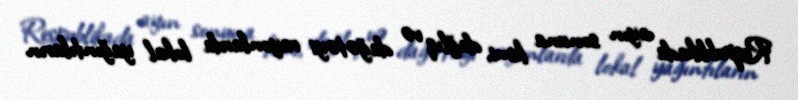
Respublikada ayın sonuna kimi, dağlıq və dağətəyi rayonlarda lokal yağıntıların